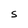
Character: S